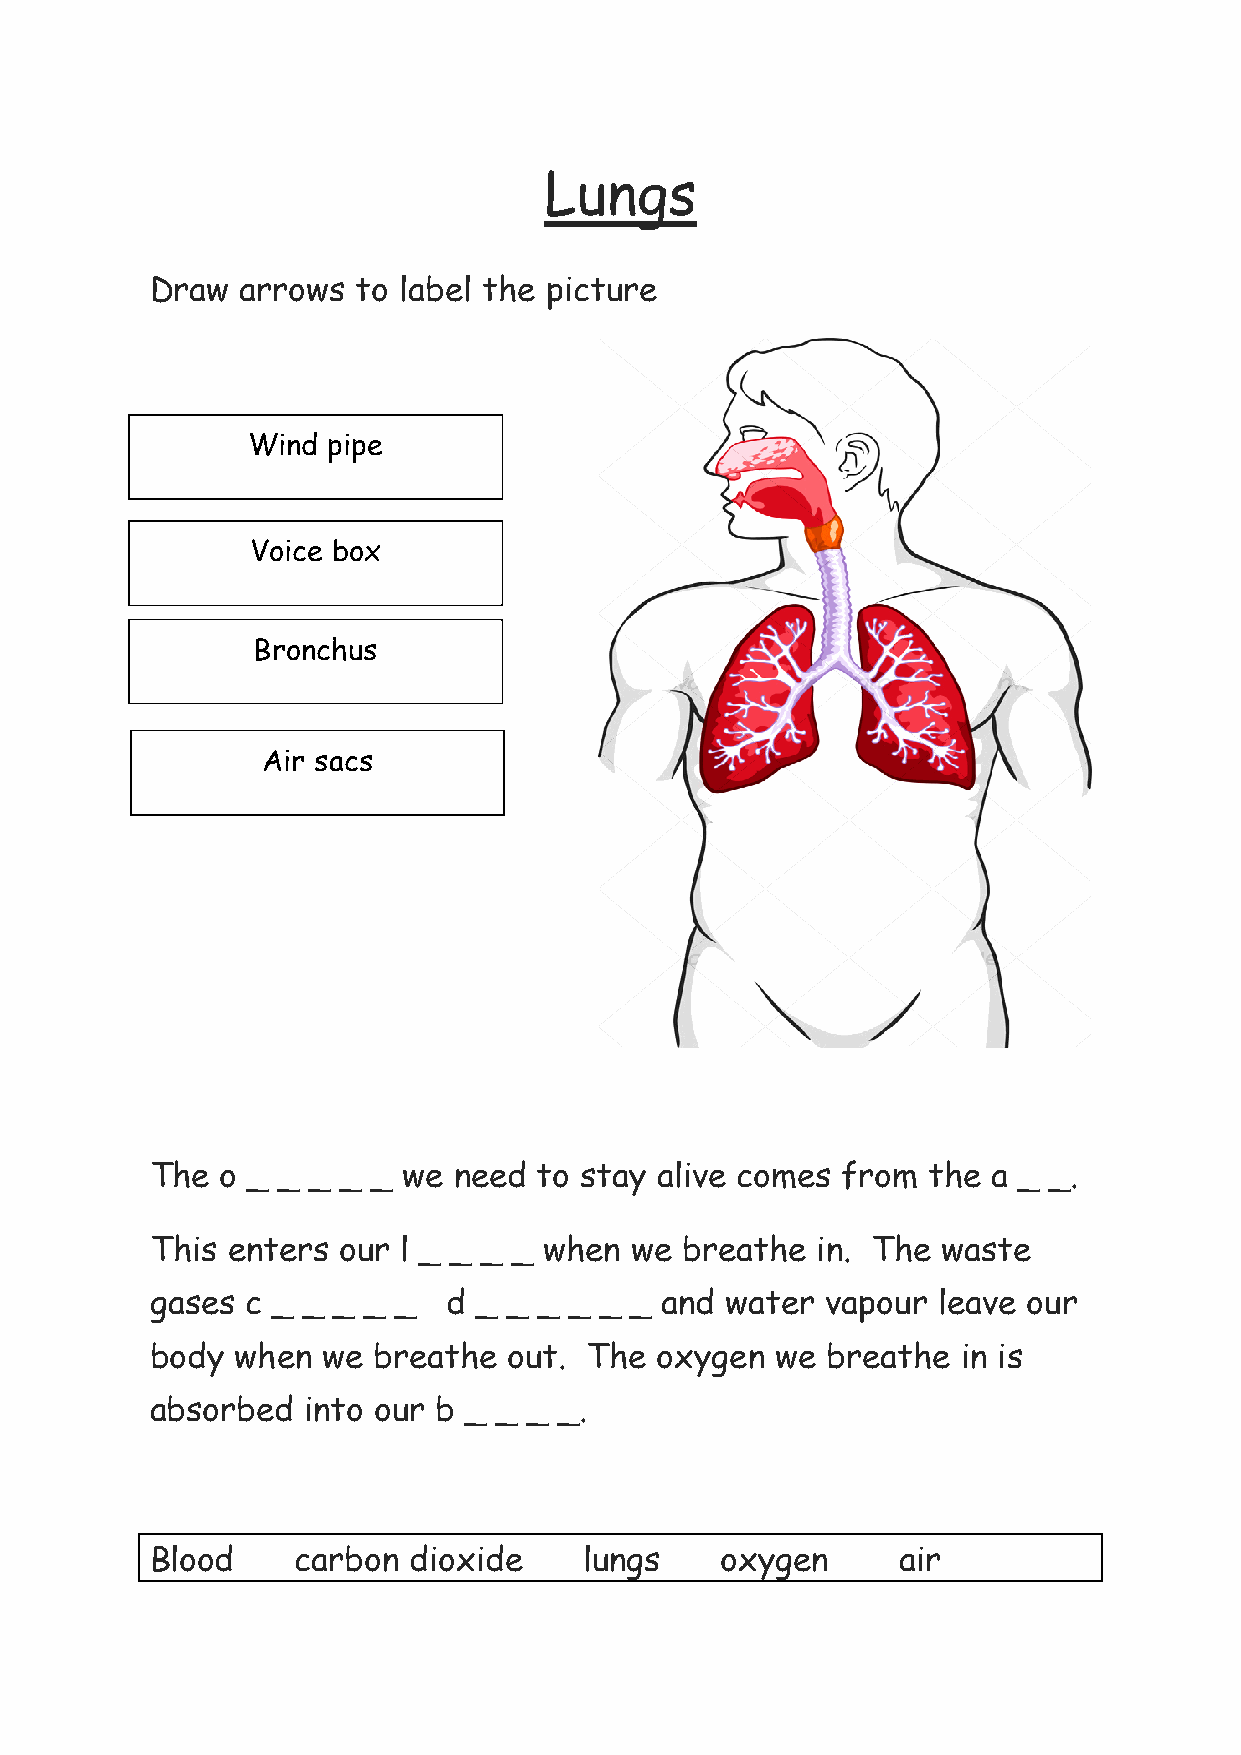
Lungs
 Draw  arrows  to label the picture
 Wind  pipe
 Voice box
 Bronchus
 Air sacs
 The  o _ _ _ _ _ we need  to stay alive comes from the  a _ _.
 This enters our l _ _ _ _ when  we breathe  in. The waste
 gases c _ _ _ _ _   d _ _ _ _ _ _ and water  vapour leave our
 body  when we  breathe  out. The oxygen  we  breathe  in is
 absorbed  into our b _ _ _ _.
 Blood     carbon dioxide     lungs    oxygen     air